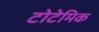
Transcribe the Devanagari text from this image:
टोटेमिक